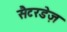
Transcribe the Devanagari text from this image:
सैटरडेज़